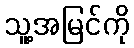
သူ့အမြင်ကို